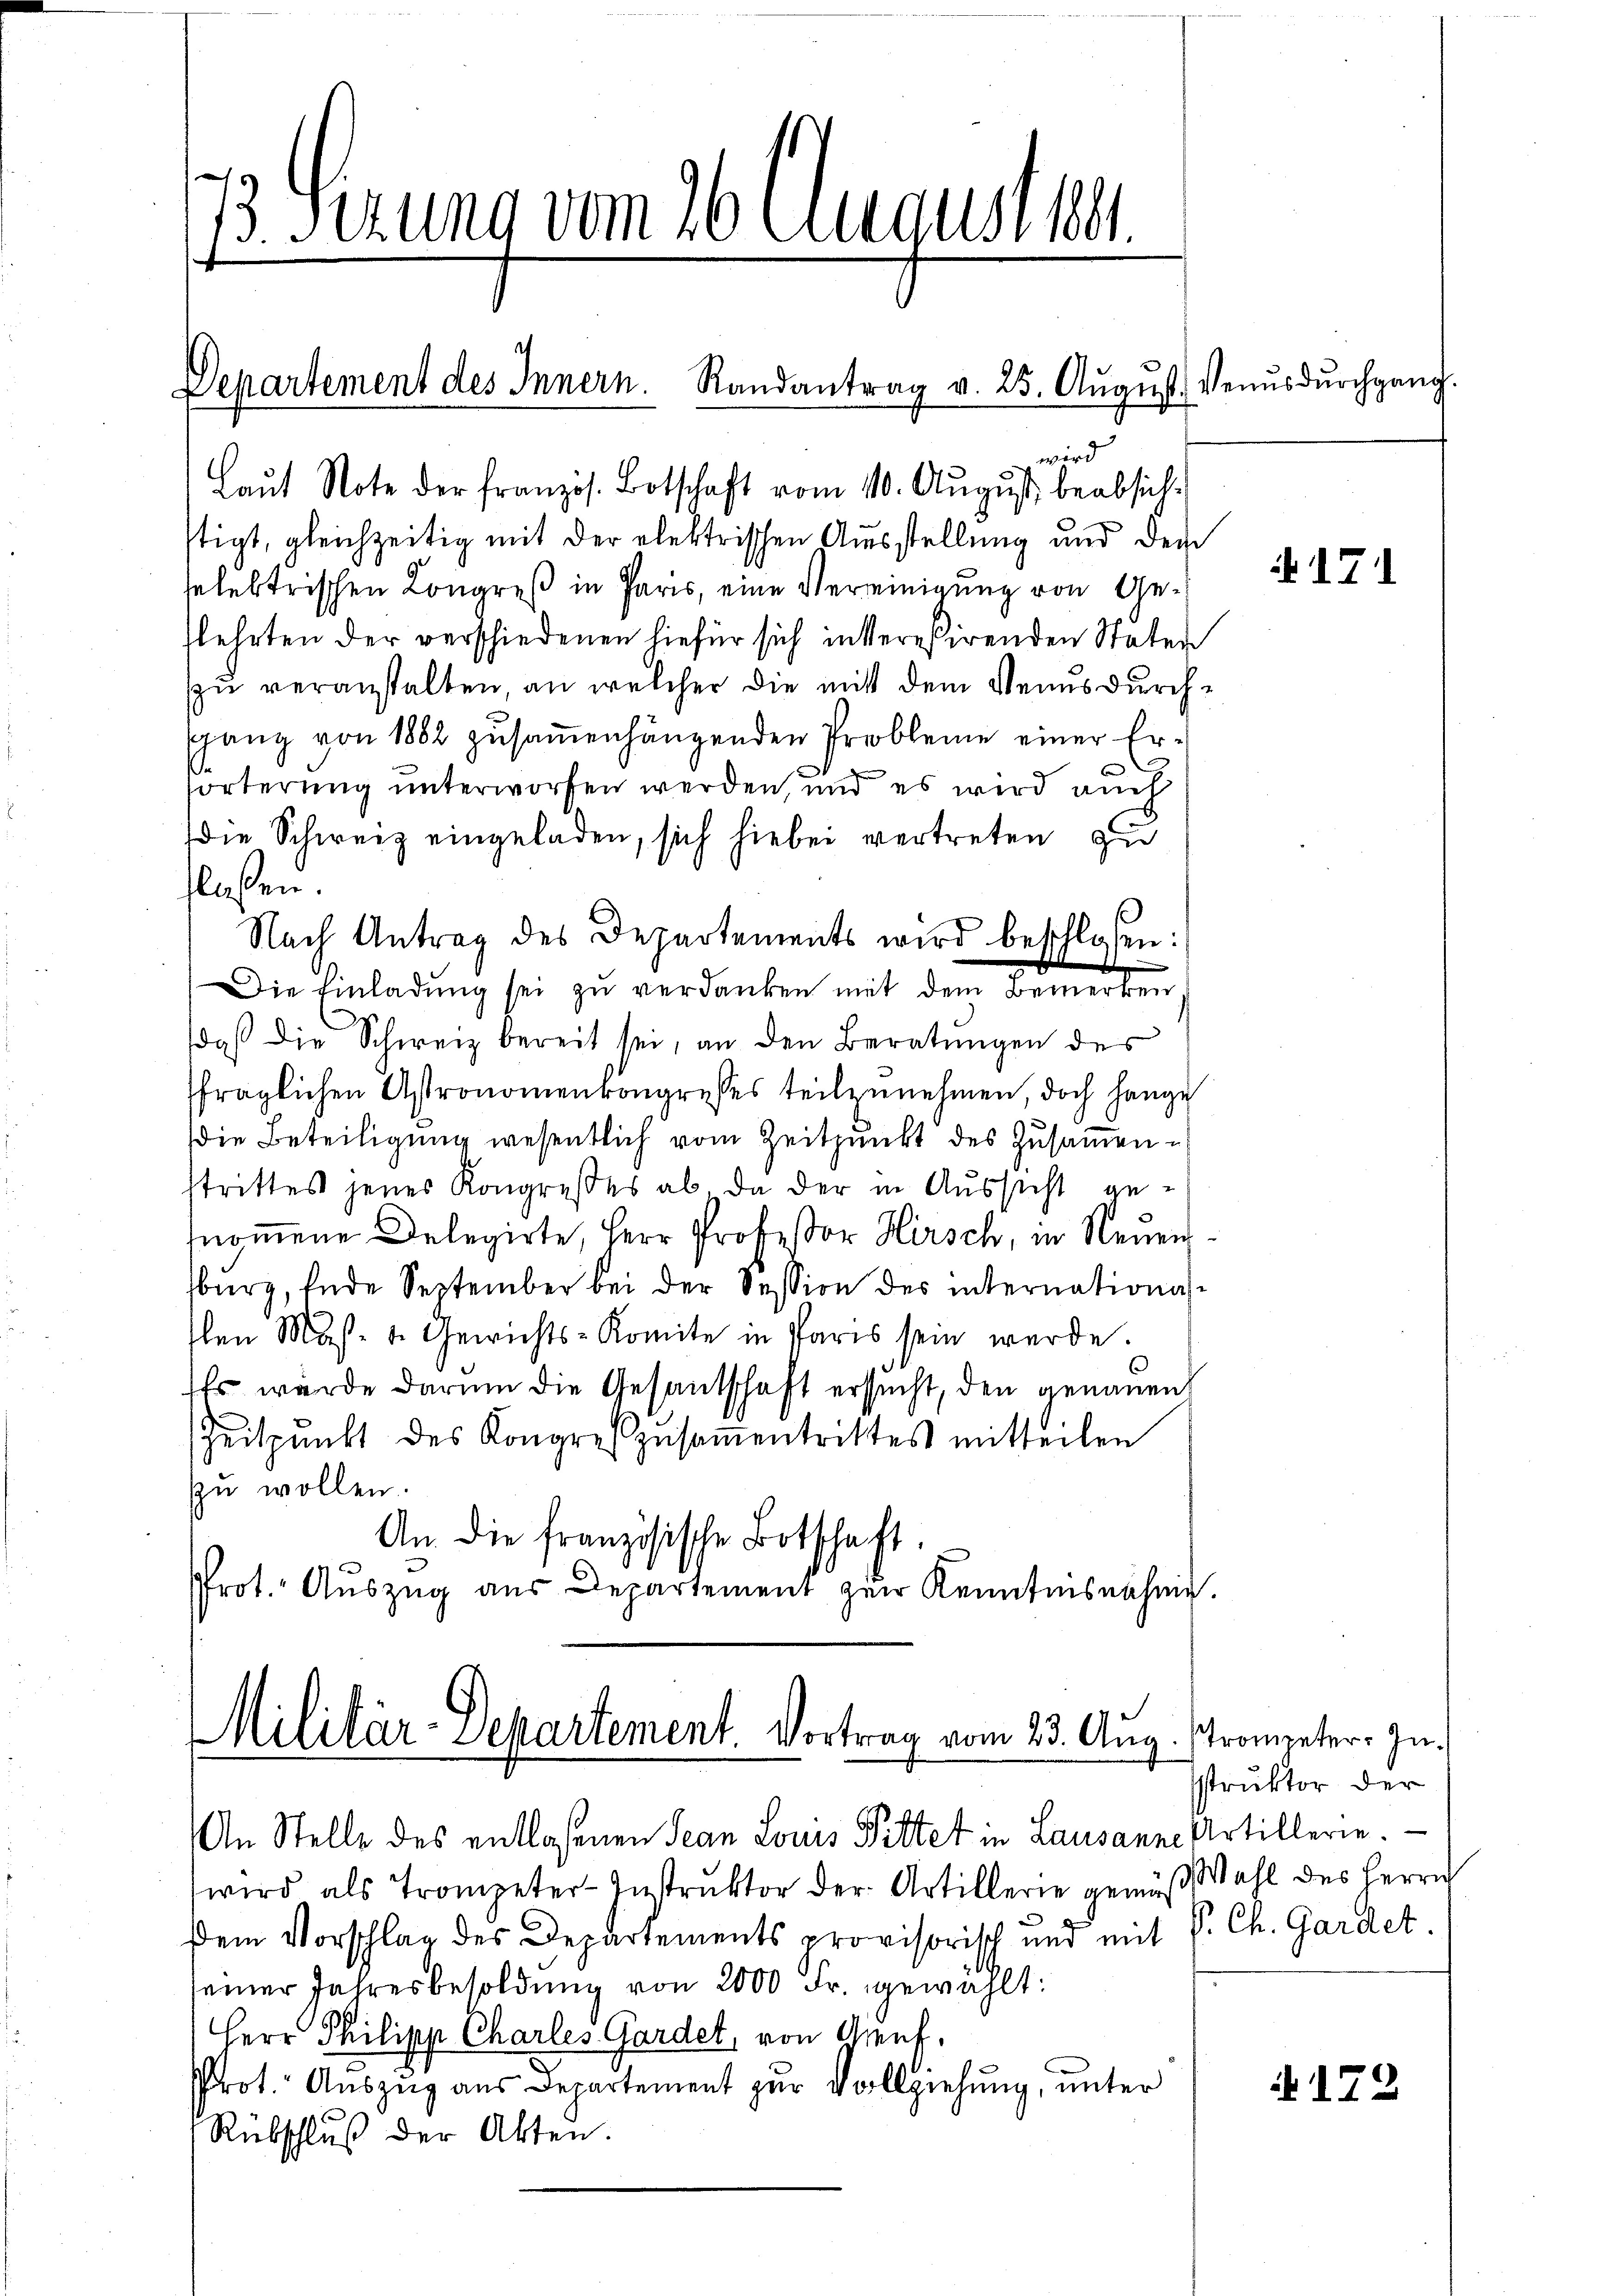
13. Serung vom 26. August ber

Departement des Innern. Randantrag v. 25. Aŭgŭst Venusdurchgang

Laŭt Note der französ. Botschaft vom 11. Aŭgŭst beabsichstigt, gleichzeitig mit der elektrischen Ausstellung und dem
selektrischen Kongreß in Paris, eine Vereinigung von Geslehrten der verschiedenen hiefür sich intereßirenden Stater
zu veranstalten, an welcher die mit dem Venus durchsgang von 1882 zŭsaṁenhängenden Probleme einer Er-
)
förterung unterworfen werden, und es wird auch
die Schweiz eingeladen, sich hiebei vertreten zu
flassen.
Nach Antrag des Departements wird beschlossen:
f
e
Die Einladung sei zu verdanken mit dem Bemerken
daß die Schweiz bereit sei, an den Beratungen des
fraglichen Astronomenkongresses teilzunehmen, doch hange
die Beteiligung wesentlich vom Zeitpunkt des Zusammen u
strittes jenes Kongresses ab. Da der in Aŭssicht ge-
nommene Delegirte, Herr Professor Hirsch, in Neuenburg, Ende September bei der Session des internationsflen Mas- u. Gewichts-Komite in Paris sein werde.
Es wurde darum die Gesandschaft ersucht, den genauen
Zeitpunkt des Kongreszŭsaṁentrittes mitteilen
zu wollen.
An die französische Botschaft.
Prot. Auszug aus Departement zur Kenntnisnahme.

wird als Trompeter-Instruktor der Artillerie gemäß Wahl des Herrn
Dem Vorschlag des Departements provisorisch und mit P. Ch. Gardet
seiner Jahresbesoldung von 2000 Fr. gewählt:
Herr Philipp Charles Gardel, von Genf,
Prot. Auszug aus Departement zur Vollziehung, unter
Rübschluß der Akten.

wird

Militär-Departement. Vortrag vom 23. Aug. Promenter In¬
An Stelle des entlaßenen Jean Louis Pittet in Lausanne Artillerie.

171

struktor der

172